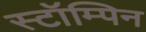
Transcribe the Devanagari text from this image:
स्टॉम्पिन